Vaccination United Provinces of Agra and Oudh 1923-1928 - 1923-1928
Year: 1923
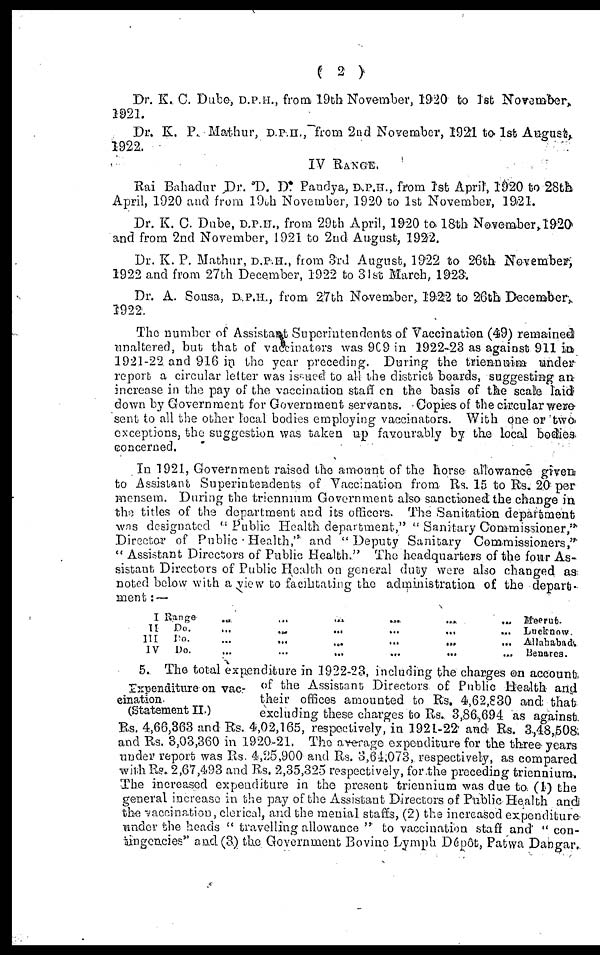
( 2 )
Dr. K. C. Dube, D.P.H., from 19th November, 1920 to 1st November.
1921.
Dr. K. P. Mathur, D.P.H., from 2nd November, 1921 to 1st August,
1922.
IV RANGE.
Rai Bahadur Dr. D. D. Pandya, D.P.H., from 1st April, 1920 to 28th
April, 1920 and from 19th November, 1920 to 1st November, 1921.
Dr. K. C. Dube, D.P.H., from 29th April, 1920 to 18th November, 1920
and from 2nd November, 1921 to 2nd August, 1922.
Dr. K. P. Mathur, D.P.H., from 3rd August, 1922 to 26th November,
1922 and from 27th December, 1922 to 31st March, 1923.
Dr. A. Sousa, D.P.H., from 27th November, 1922 to 26th December,
1922.
The number of Assistant Superintendents of Vaccination (49) remained
unaltered, but that of vaccinators was 909 in 1922-23 as against 911 in
1921-22 and 916 in the year preceding. During the triennuim under
report a circular letter was isssued to all the district boards, suggesting an
incrense in the pay of the vaccination staff on the basis of the scale laid
down by Government for Government servants. Copies of the circular were
sent to all the other local bodies employing vaccinators. With one or two
exceptions, the suggestion was taken up favourably by the local bodies
concerned.
In 1921, Government raised the amount of the horse allowance given
to Assistant Superintendents of Vaccination from Rs. 15 to Rs. 20 per
mensem. During the triennium Government also sanctioned the change in
the titles of the department and its officers. The Sanitation department
was designated "Public Health department," " Sanitary Commissioner,"
Director of Public Health," and " Deputy Sanitary Commissioners,"
" Assistant Directors of Public Health." The headquarters of the four As-
sistant, Directors of Public Health on general duty were also changed as
noted below with a view to facilitating the administration of the depart.
ment: —
I Range ... ... ... ... ... ...
II
Do. ... ... ... ... ... ...
III Do. ... ... ... ... ... ...
IV
Do. ... ... ... ... ... ...
Meerut.
Luckonw
Allahabad.
Benares.
Expenditure on vac-
cination
(Statement II.)
5. The total expenditure in 1922-23, including the charges on account.
of the Assistant Directors of Public Health and
their offices amounted to Rs. 4,62,830 and that
excluding these charges to Rs. 3,86,694 as against
Rs. 4,66,363 and Rs. 4,02,165, respectively, in 1921-22 and Rs. 3,48,508.
and Rs. 3,03,360 in 1920-21. The average expenditure for the three years
under report was Rs. 4,25,900 and Rs. 3,61,073, respectively, as compared
with Rs. 2,67,493 and Rs. 2,35,325 respectively, for the preceding triennium.
The increased expenditure in the present triennium was due to (1) the
general increase in the pay of the Assistant Directors of Public Health and
the vaccination, clerical, and the menial staffs, (2) the increased expenditure
under the heads " travelling allowance " to vaccination staff and " con-
tingenciess" and (3) the Government Bovine Lymph Dépôt, Patwa Dangar.